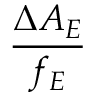
\frac { \Delta A _ { E } } { f _ { E } }